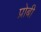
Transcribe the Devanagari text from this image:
प्रोबी